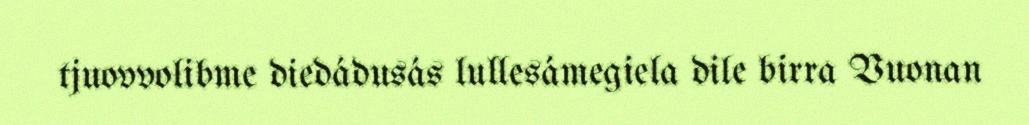
tjuovvolibme diedádusás lullesámegiela dile birra Vuonan